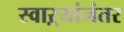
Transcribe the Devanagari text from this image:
स्वाऱ्यांनंतर